Annual report of the Punjab Veterinary College and of the Civil Veterinary Department, Punjab - 1926-1932
Year: 1926
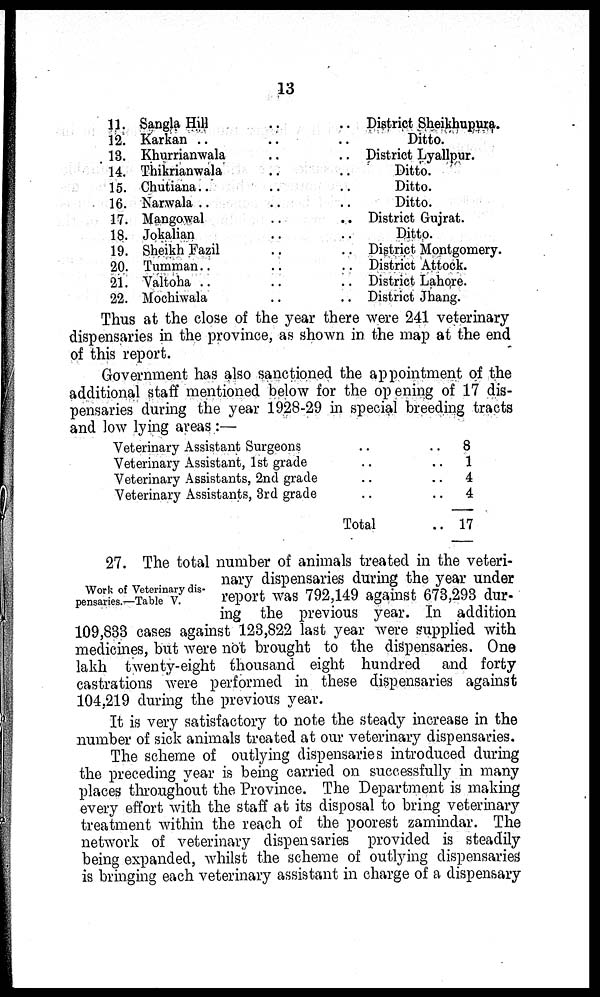
13
11.
12.
13.
14.
15.
16.
17.
18.
19.
20.
21.
22.
Sangla Hill ..
Karkan .. ..
Khurrianwala ..
Thikrianwala ..
Chutiana ..
Narwala .. ..
Mangowal ..
Jokalian ..
Sheikh Fazil ..
Tumman ..
Valtoha ..
Mochiwala
.. District Sheikhupurs.
.. Ditto.
.. District Lyallpur.
.. Ditto.
.. Ditto.
.. Ditto.
.. District Gujrat.
.. Ditto.
.. District Montgomery.
.. District Attock.
.. District Lahore.
.. District Jhang.
Thus at the close of the year there were 241 veterinary
dispensaries in the province, as shown in the map at the end
of this report.
Government has also sanctioned the appointment of the
additional staff mentioned below for the opening of 17 dis-
pensaries during the year 1928-29 in special breeding tracts
and low lying areas:—
Veterinary Assistant Surgeons
..
Veterinary Assistant, 1st grade ..
Veterinary Assistants, 2nd grade
..
Veterinary Assistants, 3rd grade
..
Total
8
1
4
4
17
Work of Veterinary dis-
pensaries.—Table V.
27. The total number of animals treated in the veteri-
nary dispensaries during the year under
report was 792,149 against 673,293 dur-
ing the previous year. In addition
109,888 cases against 123,822 last year were supplied with
medicines, but were not brought to the dispensaries. One
lakh twenty-eight thousand eight hundred and forty
castrations were performed in these dispensaries against
104,219 during the previous year.
It is very satisfactory to note the steady increase in the
number of sick animals treated at our veterinary dispensaries.
The scheme of outlying dispensaries introduced during
the preceding year is being carried on successfully in many
places throughout the Province. The Department is making
every effort with the staff at its disposal to bring veterinary
treatment within the reach of the poorest zamindar. The
network of veterinary dispensaries provided is steadily
being expanded, whilst the scheme of outlying dispensaries
is bringing each veterinary assistant in charge of a dispensary